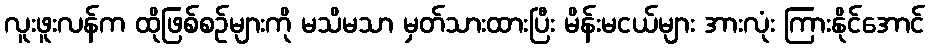
လူးဖူးလန်က ထိုဖြစ်စဉ်များကို မသိမသာ မှတ်သားထားပြီး မိန်းမငယ်များ အားလုံး ကြားနိုင်အောင်